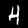
Digit: 4